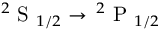
^ 2 \mathrm { ~ S ~ } _ { 1 / 2 } \rightarrow \, ^ { 2 } \mathrm { ~ P ~ } _ { 1 / 2 }